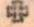
+